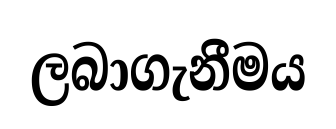
ලබාගැනීමය